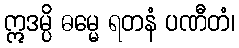
ဣဒမ္ပိ ဓမ္မေ ရတနံ ပဏီတံ၊